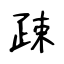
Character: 疎